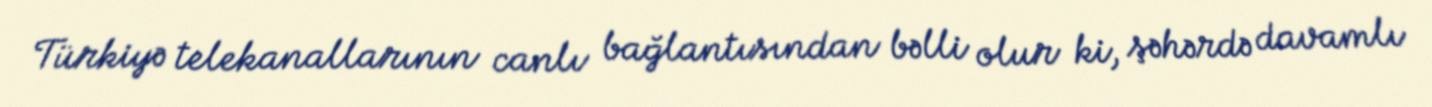
Türkiyə telekanallarının canlı bağlantısından bəlli olur ki, şəhərdə davamlı